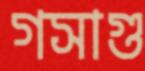
গসাগু